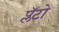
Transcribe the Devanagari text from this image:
प्लॅटो